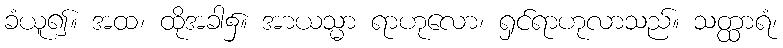
ခံယူ၍။ အထ၊ ထိုအခါ၌။ အာယသ္မာ ရာဟုလော၊ ရှင်ရာဟုလာသည်။ သတ္ထာရံ၊